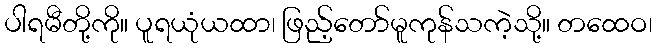
ပါရမီတို့ကို။ ပူရယုံယထာ၊ ဖြည့်တော်မူကုန်သကဲ့သို့။ တထေဝ၊